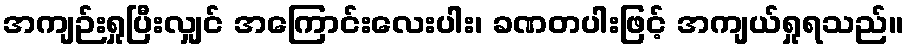
အကျဉ်းရှုပြီးလျှင် အကြောင်းလေးပါး၊ ခဏတပါးဖြင့် အကျယ်ရှုရသည်။